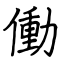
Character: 働